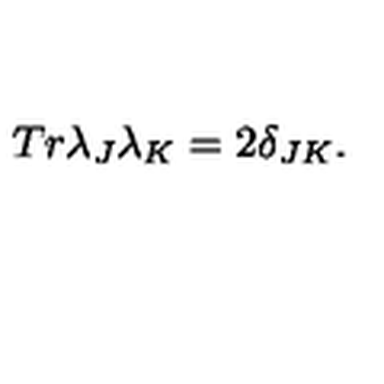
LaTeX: T r \lambda _ { J } \lambda _ { K } = 2 \delta _ { J K } .